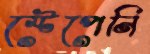
স্টেপেনি